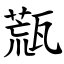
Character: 㼹